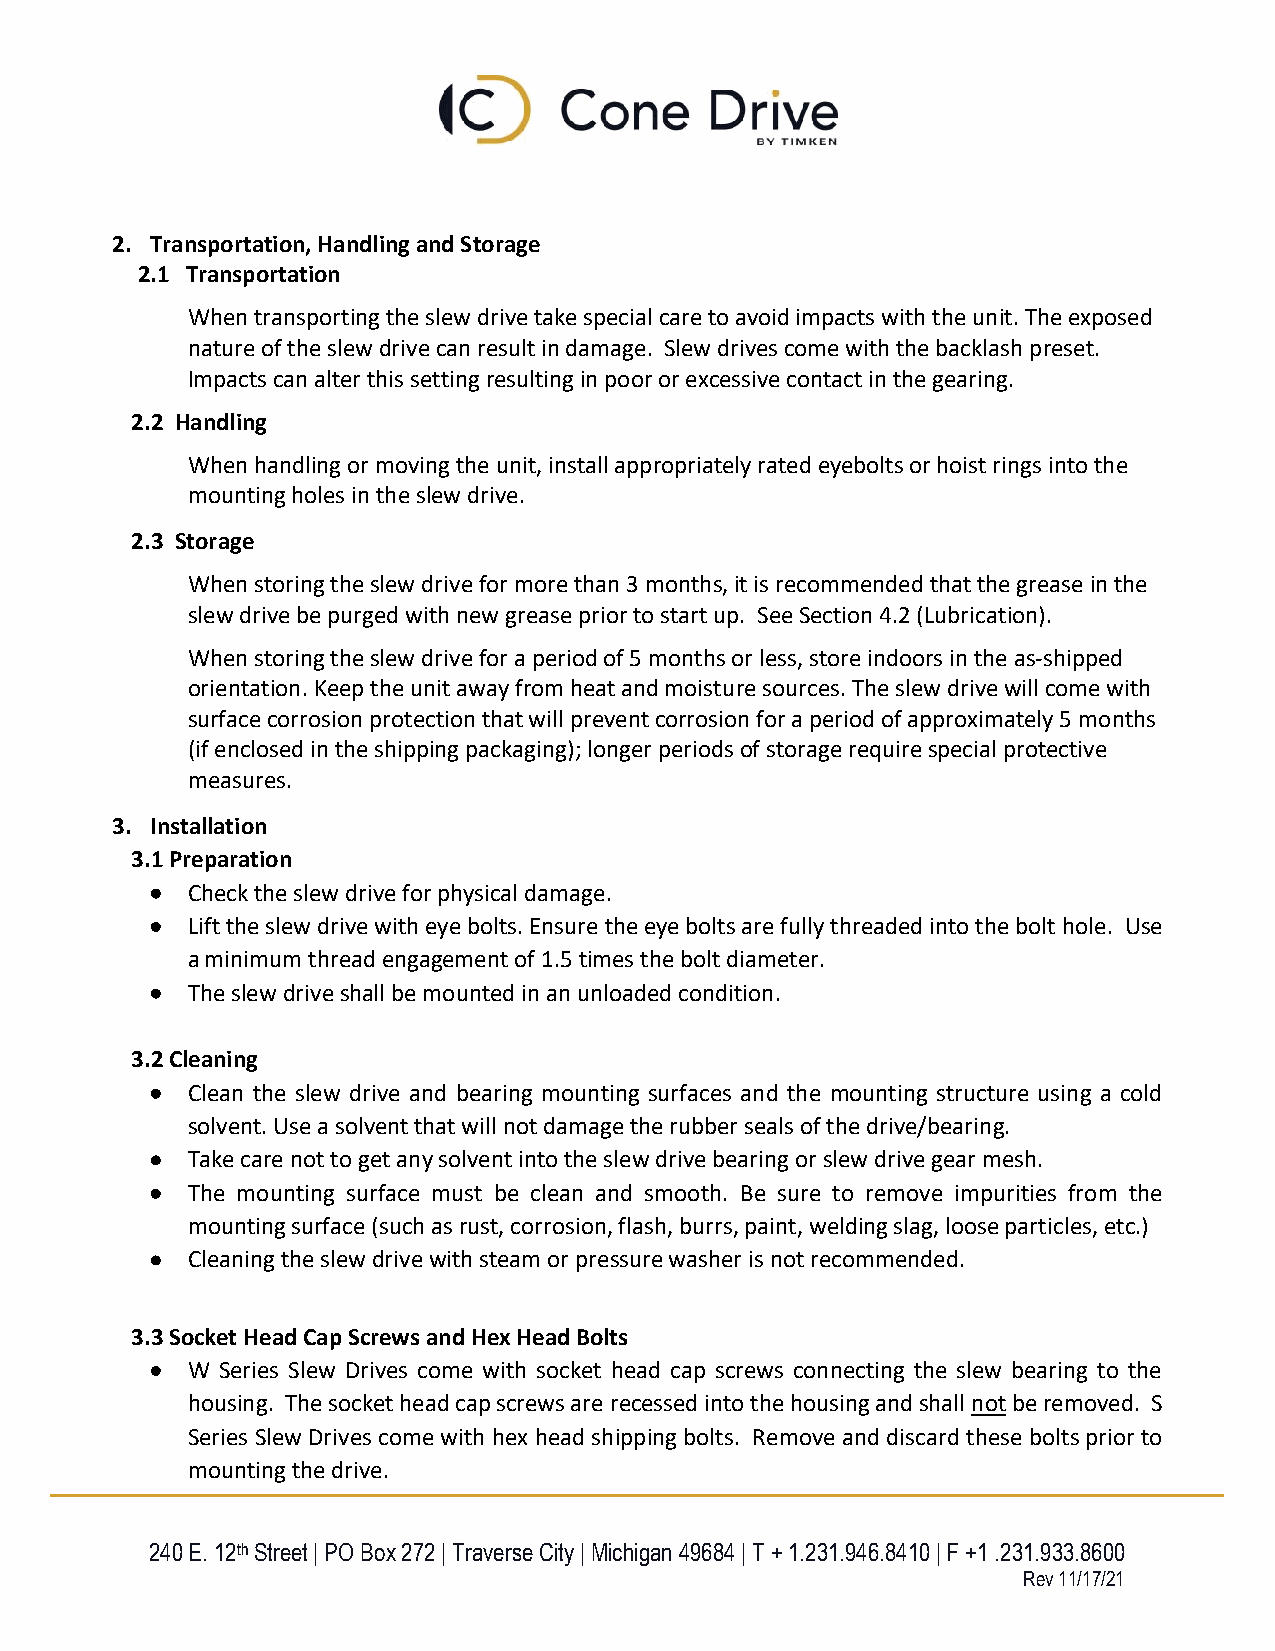
2. Transportation, Handling and Storage
 2.1 Transportation
 When transporting the slew drive take special care to avoid impacts with the unit. The exposed
 nature of the slew drive can result in damage. Slew drives come with the backlash preset.
 Impacts can alter this setting resulting in poor or excessive contact in the gearing.
 2.2 Handling
 When handling or moving the unit, install appropriately rated eyebolts or hoist rings into the
 mounting holes in the slew drive.
 2.3 Storage
 When storing the slew drive for more than 3 months, it is recommended that the grease in the
 slew drive be purged with new grease prior to start up. See Section 4.2 (Lubrication).
 When storing the slew drive for a period of 5 months or less, store indoors in the as-shipped
 orientation. Keep the unit away from heat and moisture sources. The slew drive will come with
 surface corrosion protection that will prevent corrosion for a period of approximately 5 months
 (if enclosed in the shipping packaging); longer periods of storage require special protective
 measures.
 3. Installation
 3.1 Preparation
  Check the slew drive for physical damage.
  Lift the slew drive with eye bolts. Ensure the eye bolts are fully threaded into the bolt hole. Use
 a minimum thread engagement of 1.5 times the bolt diameter.
  The slew drive shall be mounted in an unloaded condition.
 3.2 Cleaning
  Clean the slew drive and bearing mounting surfaces and the mounting structure using a cold
 solvent. Use a solvent that will not damage the rubber seals of the drive/bearing.
  Take care not to get any solvent into the slew drive bearing or slew drive gear mesh.
  The mounting surface must be clean and smooth. Be sure to remove impurities from the
 mounting surface (such as rust, corrosion, flash, burrs, paint, welding slag, loose particles, etc.)
  Cleaning the slew drive with steam or pressure washer is not recommended.
 3.3 Socket Head Cap Screws and Hex Head Bolts
  W Series Slew Drives come with socket head cap screws connecting the slew bearing to the
 housing. The socket head cap screws are recessed into the housing and shall not be removed. S
 Series Slew Drives come with hex head shipping bolts. Remove and discard these bolts prior to
 mounting the drive.
 240 E. 12th Street | PO Box 272 | Traverse City | Michigan 49684 | T + 1.231.946.8410 | F +1 .231.933.8600
 Rev 11/17/21